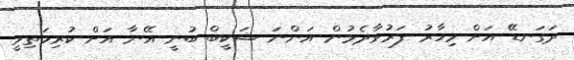
ދަގަނޑޭ އަށް މިހާރު ފަރުވާދެމުން އަންނަ ޝަކީބް ބުނީ އޭނާ އަށް ކުރިމަތިވީ